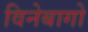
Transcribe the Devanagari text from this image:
विनेबागो